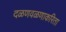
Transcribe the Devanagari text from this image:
दळणवळणाकरिता